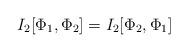
LaTeX: \begin{align*}I_2[\Phi_1,\Phi_2] =I_2[\Phi_2,\Phi_1]\end{align*}